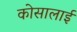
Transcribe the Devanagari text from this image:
कोसालाई